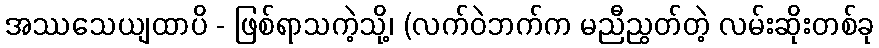
အဿသေယျထာပိ - ဖြစ်ရာသကဲ့သို့၊ (လက်ဝဲဘက်က မညီညွတ်တဲ့ လမ်းဆိုးတစ်ခု